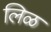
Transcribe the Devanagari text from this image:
लिळ